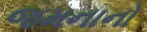
જમનાનો